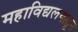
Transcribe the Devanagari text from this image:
महाविद्यलयातून